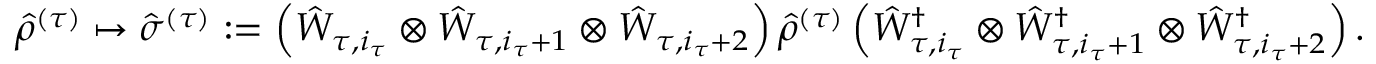
{ \hat { \rho } } ^ { ( \tau ) } \mapsto \hat { \sigma } ^ { ( \tau ) } : = \left( \hat { W } _ { \tau , i _ { \tau } } \otimes \hat { W } _ { \tau , i _ { \tau } + 1 } \otimes \hat { W } _ { \tau , i _ { \tau } + 2 } \right) { \hat { \rho } } ^ { ( \tau ) } \left( \hat { W } _ { \tau , i _ { \tau } } ^ { \dag } \otimes \hat { W } _ { \tau , i _ { \tau } + 1 } ^ { \dag } \otimes \hat { W } _ { \tau , i _ { \tau } + 2 } ^ { \dag } \right) .